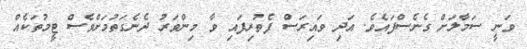
ވަނީ ސަމާލަށް ގެނެސްފައެވެ. އަދި ވައިރަސް ފެތުރިފައި ވާ މިންވަރު ދެނެގަތުމަށްވެސް ޓީމުތަކެއް